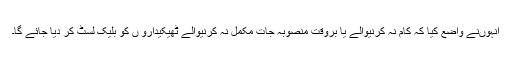
انہوںنے واضع کیا کہ کام نہ کرنیوالے یا بروقت منصوبہ جات مکمل نہ کرنیوالے ٹھیکیدارو ں کو بلیک لسٹ کر دیا جائے گا۔